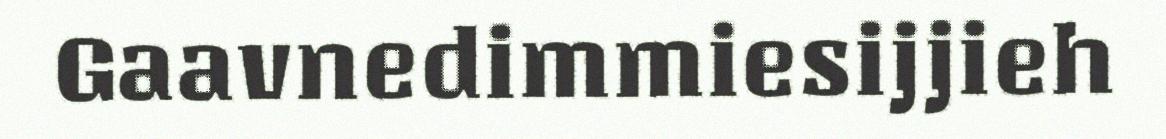
Gaavnedimmiesijjieh